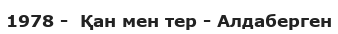
1978 -  Қан мен тер - Алдаберген